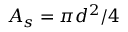
A _ { s } = \pi d ^ { 2 } / 4